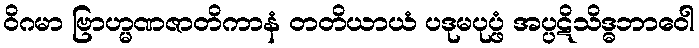
ဝိဂမာ ဗြာဟ္မဏဇာတိကာနံ တတိယာယံ ပဒုမပုပ္ဖံ အပ္ပဋိသိဒ္ဓဘာဝေါ